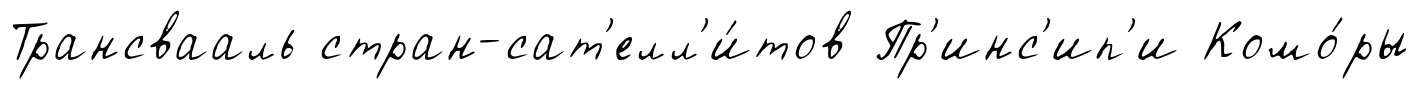
Трансвааль стран-сат'елл'и́тов Пр'инс'ип'и Комо́ры